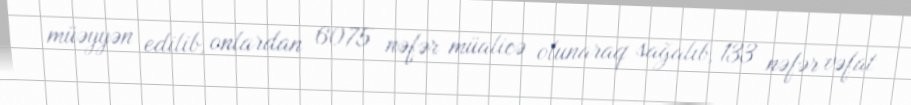
müəyyən edilib, onlardan 6075 nəfər müalicə olunaraq sağalıb, 133 nəfər vəfat